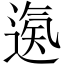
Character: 𨕀